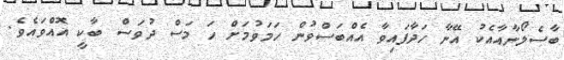
ބާސެލޯނާއާއެކު އޭނާ ހަދާފައިވާ އެއްބަސްވުން ހަމަވުމަށް ހަ މަސް ދުވަސް ބާކީ އޮއްވައެވެ.